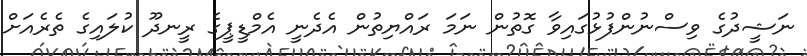
ނަޝީދުގެ ވިސްނުންފުޅުގައިވާ ގޮތުން ނަމަ ރައްޔިތުން އެދެނީ އެމްޑީޕީގެ ރީނދޫ ކުލައިގެ ތެރެއަށް